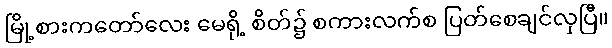
မြို့စားကတော်လေး မေရို့ စိတ်၌ စကားလက်စ ပြတ်စေချင်လှပြီ။